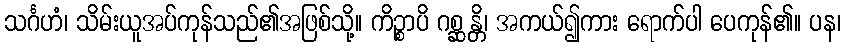
သင်္ဂဟံ၊ သိမ်းယူအပ်ကုန်သည်၏အဖြစ်သို့။ ကိဉ္စာပိ ဂစ္ဆန္တိ၊ အကယ်၍ကား ရောက်ပါ ပေကုန်၏။ ပန၊